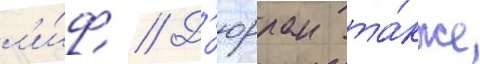
л'и́ф // Д'юрран та́кже